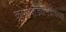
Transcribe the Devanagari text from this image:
कोळीवाड्यानजीकच्या